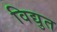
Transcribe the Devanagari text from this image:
विद्युत